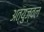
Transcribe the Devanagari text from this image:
अत्युज्वल